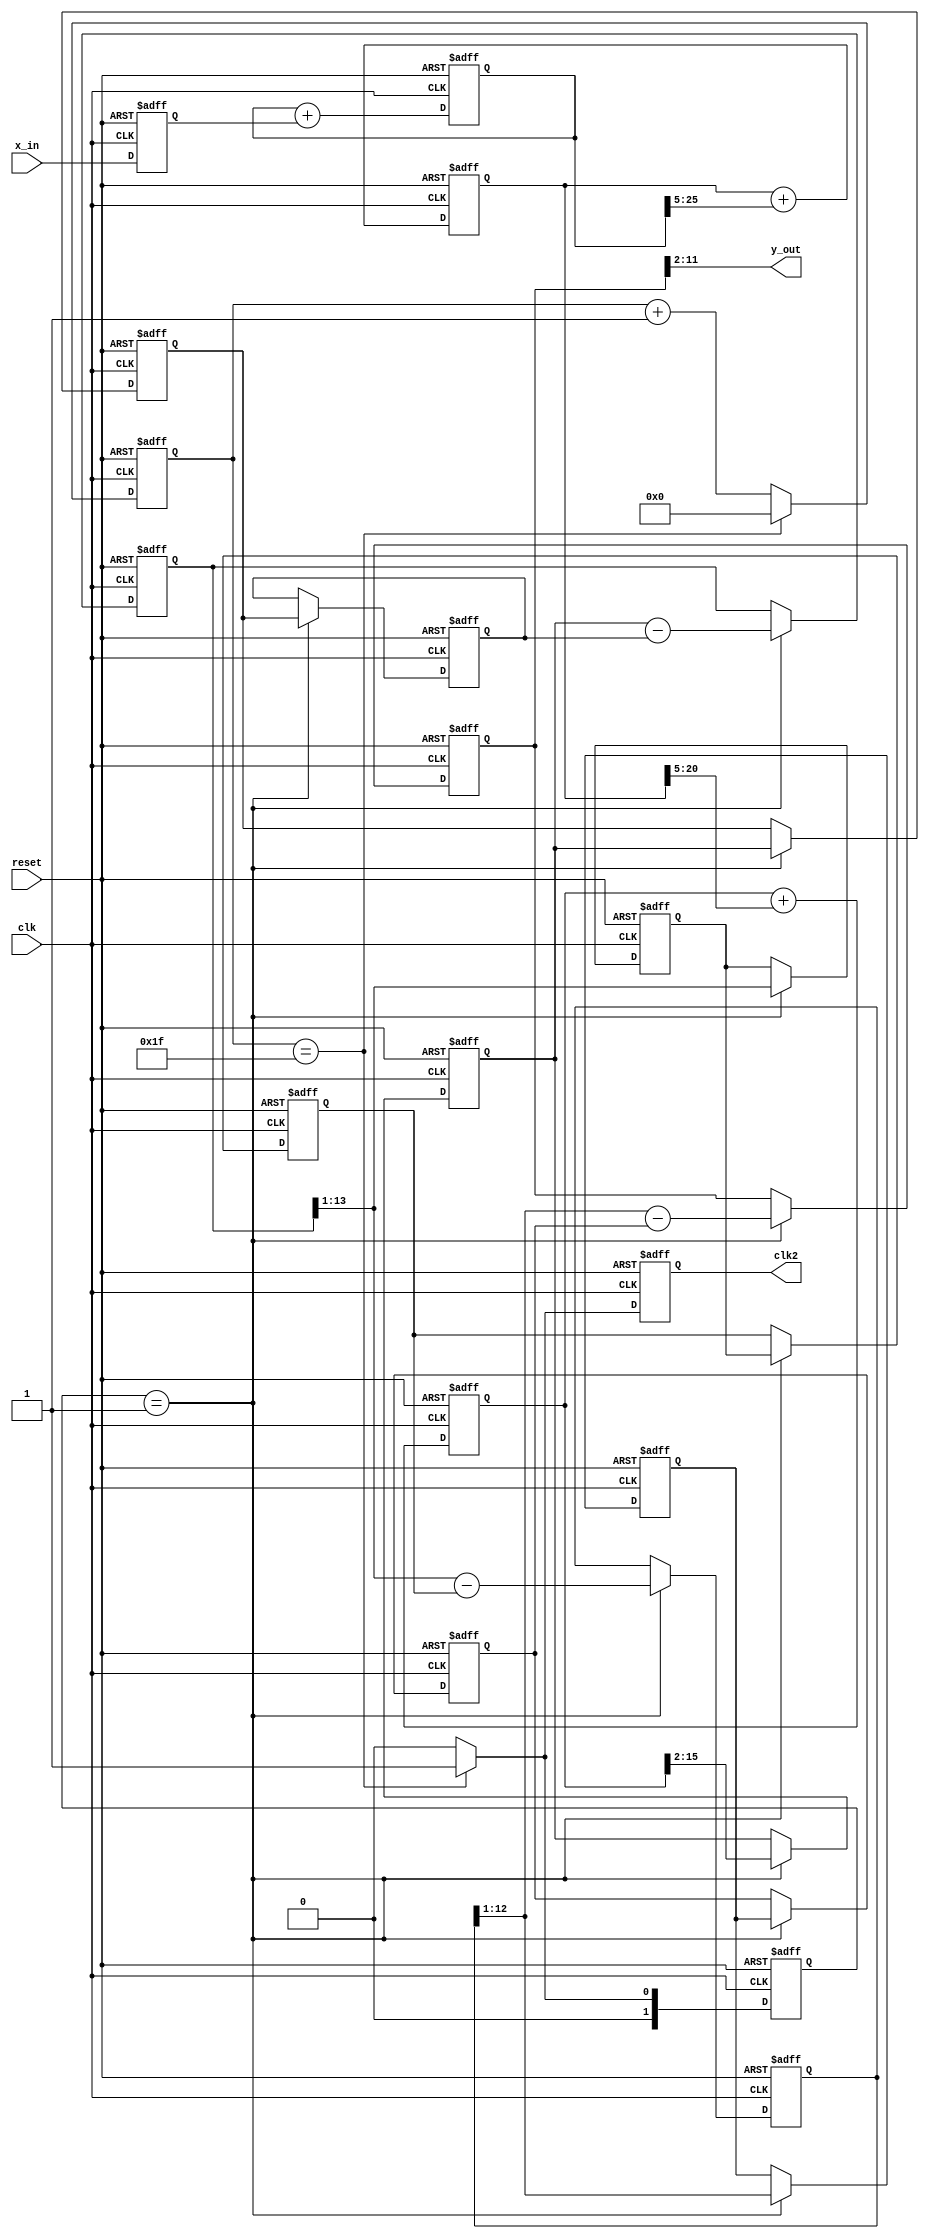
//*********************************************************
// IEEE STD 1364-2001 Verilog file: cic3s32.v
// Author-EMAIL: Uwe.Meyer-Baese@ieee.org
//*********************************************************
module cic3s32              //----> Interface
 (input        clk,         // System clock
  input        reset,       // Asynchronous reset
  input signed [7:0] x_in,  // System input
  output signed [9:0] y_out,// System output
  output reg clk2);         // Clock divider
// --------------------------------------------------------
  parameter hold=0, sample=1;
  reg [1:0] state;
  reg [4:0]  count;
  reg signed [7:0]  x;                  // Registered input
  reg signed [25:0] i0;                    // I section 0
  reg signed [20:0] i1;                    // I section 1
  reg signed [15:0] i2;                    // I section 2
  reg signed [13:0] i2d1, i2d2, c1, c0;    // I+C0
  reg signed [12:0] c1d1, c1d2, c2;        // COMB 1
  reg signed [11:0] c2d1, c2d2, c3;        // COMB 2
      
  always @(posedge clk or posedge reset)
  begin : FSM
    if (reset) begin         // Asynchronous reset
      count <= 0; 
      state <= hold;
      clk2  <= 0; 
    end else begin 
      if (count == 31) begin
        count <= 0;
        state <= sample;
        clk2  <= 1; 
      end
      else begin
        count <= count + 1;
        state <= hold;
        clk2  <= 0;
      end
    end
  end

  always @(posedge clk or posedge reset) 
  begin : Int        // 3 stage integrator sections
    if (reset) begin // Asynchronous clear
      x <= 0; i0 <= 0; i1 <= 0; i2 <= 0;
    end else begin
      x   <= x_in;
      i0  <= i0 + x;        
      i1  <= i1 + i0[25:5];        
      i2  <= i2 + i1[20:5]; 
    end 
  end

  always @(posedge clk or posedge reset) 

  begin : Comb            // 3 stage comb sections
    if (reset) begin // Asynchronous clear
      c0 <= 0; c1 <= 0; c2 <= 0; c3 <= 0;
      i2d1 <= 0; i2d2 <= 0; c1d1 <= 0; c1d2 <= 0;
      c2d1 <= 0; c2d2 <= 0;
    end else if (state == sample) begin
      c0   <= i2[15:2];
      i2d1 <= c0;
      i2d2 <= i2d1;
      c1   <= c0 - i2d2;
      c1d1 <= c1[13:1];
      c1d2 <= c1d1;
      c2   <= c1[13:1] - c1d2;
      c2d1 <= c2[12:1];
      c2d2 <= c2d1;
      c3   <= c2[12:1] - c2d2;
    end
  end

  assign y_out = c3[11:2];

endmodule